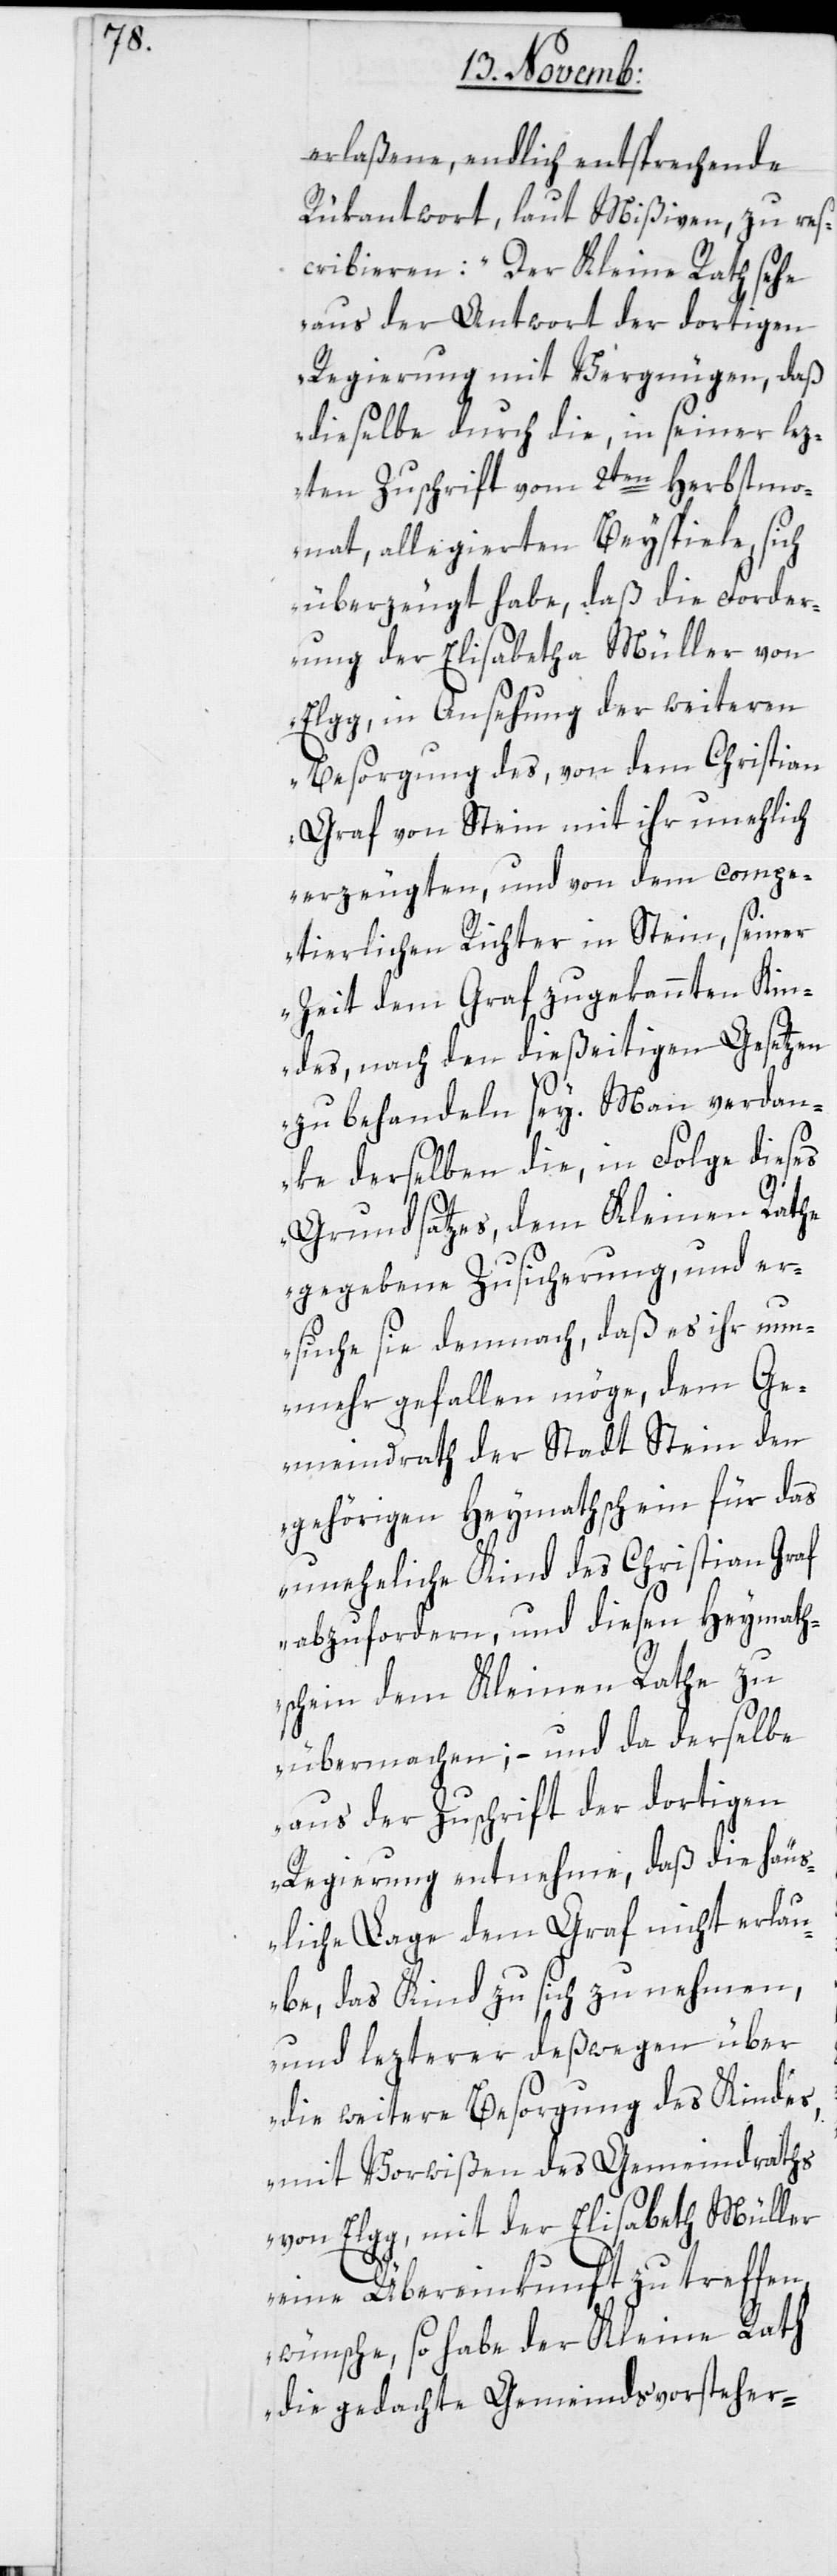
ath¬

erlaßene, endlich entsprechende
Rükantwort, laut Mißiven, zu res¬
cribieren: „Der Kleine Rath sehe
aus der Antwort der dortigen
Regierung mit Vergnügen, daß
dieselbe durch die, in seiner lez¬
ten Zuschrift vom 2ten Herbstmo¬
nat, allegierten Beyspiele, sich
überzeugt habe, daß die Forder¬
ung der Elisabetha Müller von
Elgg, in Ansehung der weiteren
Besorgung des, von dem Christian
Graf von Stein mit ihr unehlich
erzeugten, und von dem compe¬
tierlichen Richter in Stein, seiner
Zeit dem Graf zugekannten Kin¬
des, nach den dießeitigen Gesetz¬
en zu behandeln sey. Man verdan¬
ke derselben die, in Folge dieses
Grundsatzes, dem Kleinen Rathe
gegebene Zusicherung, und e¬
rsuche sie demnach, daß es ihr nun¬
mehr gefallen möge, dem Ge¬
meindrath der Stadt Stein den
gehörigen Heymathschein für das
uneheliche Kind des Christian Graf
abzufordern, und diesen Heym¬
schein dem Kleinen Rathe zu
übermachen; – und da derselbe
aus der Zuschrift der dortigen
Regierung entnehme, daß die häus¬
liche Lage dem Graf nicht erla¬
ube, das Kind zu sich zu nehmen,
und lezterer deßwegen über
die weitere Besorgung des Kindes,
mit Vorwißen des Gemeindraths
von Elgg, mit der Elisabeth Müller
eine Übereinkunft zu treffen
wünsche, so habe der Kleine Rath
die gedachte Gemeindsvorsteher-